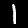
Label: 1